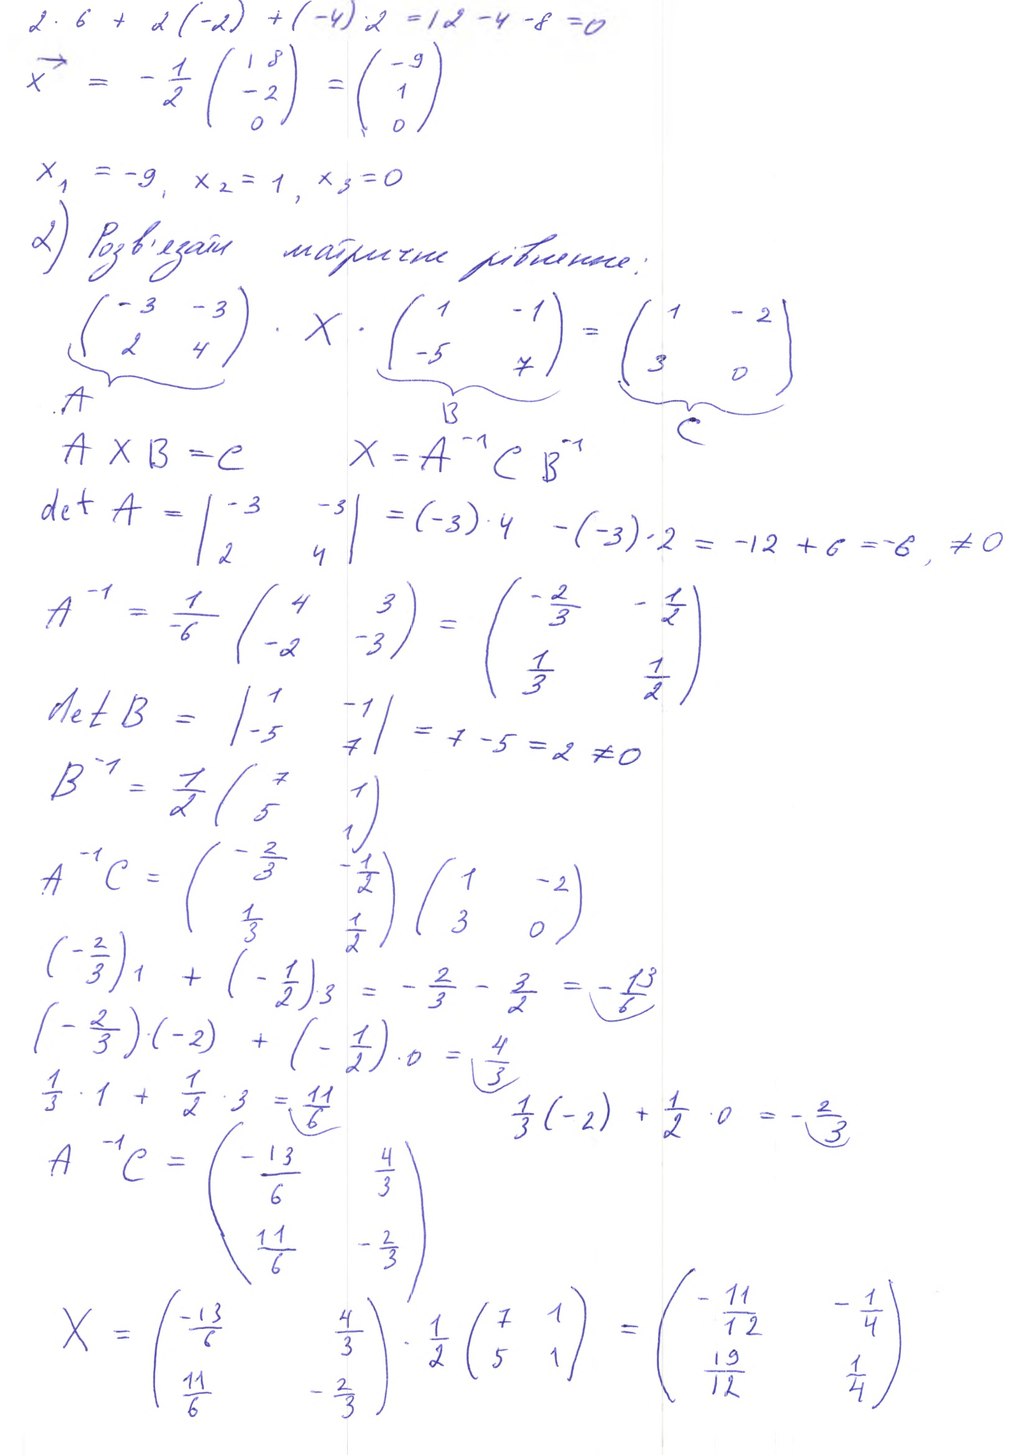
2‧6+2‧(-2)+(-4)‧2=12-4-8=0
x→ = - 1/2 ( 18 -2  0) = ( -9 1 0 )
х₁ = -9, х₂ = 1, х₃ = 0
2) Розвʼязати матричні рівняння:
A = \begin{pmatrix}-3 & -3 \\2 & 4\end{pmatrix},\quad B =\begin{pmatrix}1 & -1 \\-5 & 7\end{pmatrix},\quad C =\begin{pmatrix}1 & -2 \\3 & 0\end{pmatrix}\quad A \cdot B = C
AXB = C  X = A⁻¹ C B⁻¹
detA=(-3 -3/2 4) = (-3)‧4   -(-3)‧2=-12+6 = -6. ≠0
A^{-1} = \frac{1}{-6} \begin{pmatrix} 4 & 3 \\ -2 & -3 \end{pmatrix} = \begin{pmatrix} -\frac{2}{3} & -\frac{1}{2} \\ \frac{1}{3} & \frac{1}{2} \end{pmatrix}
detB=(1 -1; -5 7) = 7-5=2 ≠0
B^{-1} = \frac{1}{2} \begin{pmatrix} 7 & 1 \\ 5 & 1 \end{pmatrix}
A^{-1} C = \begin{pmatrix} -\frac{2}{3} & -\frac{1}{2} \\ \frac{1}{3} & \frac{1}{2} \end{pmatrix} \begin{pmatrix} 1 & -2 \\ 3 & 0 \end{pmatrix}
(-\frac{2}{3}) \cdot 1 + (-\frac{1}{2}) \cdot 3 = -\frac{2}{3} - \frac{3}{2} = -\frac{13}{6}
(-\frac{2}{3}) \cdot (-2) + (-\frac{1}{2}) \cdot 0 = \frac{4}{3}
\frac{1}{3} \cdot 1 + \frac{1}{2} \cdot 3 = \frac{11}{6}
\frac{1}{3} (-2) + \frac{1}{2} \cdot 0 = -\frac{2}{3}
A^{-1} C = \begin{pmatrix} -\frac{13}{6} & \frac{4}{3} \\ \frac{11}{6} & -\frac{2}{3} \end{pmatrix}
X = \begin{pmatrix} -\frac{13}{6} & \frac{4}{3} \\ \frac{11}{6} & -\frac{2}{3} \end{pmatrix} \cdot \frac{1}{2} \begin{pmatrix} 7 & 1 \\ 5 & 1 \end{pmatrix} = \begin{pmatrix} -\frac{11}{12} & -\frac{1}{4} \\ \frac{19}{12} & \frac{1}{4} \end{pmatrix}